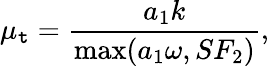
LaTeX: \mu_{\mathtt{t}}=\frac{{a_{1}k}}{{\operatorname*{max}(a_{1}\omega,SF_{2})}},